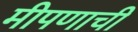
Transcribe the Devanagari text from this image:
मीपणाची